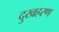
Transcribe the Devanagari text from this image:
दुखहरण